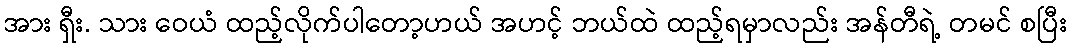
အား ရှီး. သား ဝေယံ ထည့်လိုက်ပါတော့ဟယ် အဟင့် ဘယ်ထဲ ထည့်ရမှာလည်း အန်တီရဲ့ တမင် စပြီး